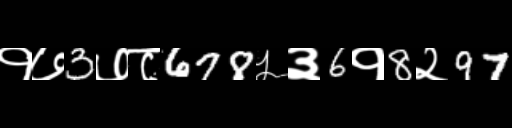
Text: १७3७८678५३6१8२97